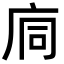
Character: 𢈉